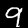
Digit: 9